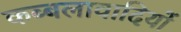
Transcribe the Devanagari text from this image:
कब्बलावादियों